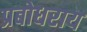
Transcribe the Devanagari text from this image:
प्रबोधराय